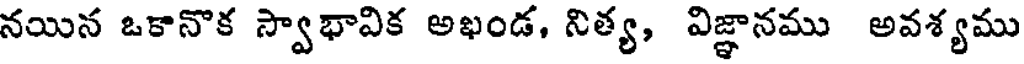
నయిన ఒకానొక స్వాభావిక అఖండ, నిత్య, విజ్ఞానము అవశ్యము